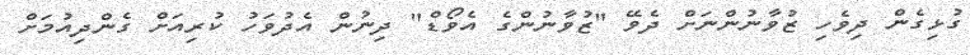
ގުޅިގެން ދިވެހި ޒުވާނުންނަށް ދެވޭ "ޒުވާނުންގެ އެވޯޑް" ދިނުން އެދުވަހު ކުރިއަށް ގެންދިއުމަށް